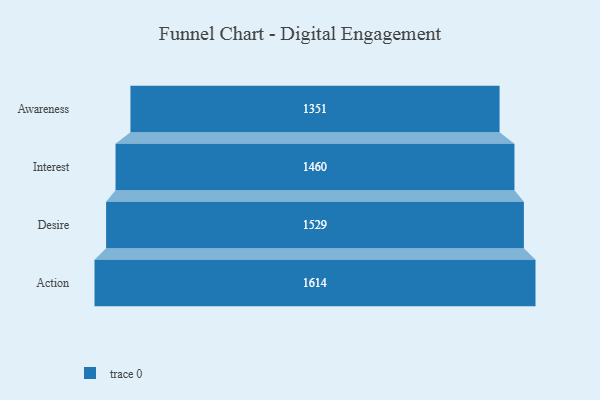
{"axis": {"x": "Stage", "y": "Value"}, "legend": [""], "data": [{"x": "Awareness", "y": 1351.0, "type": ""}, {"x": "Interest", "y": 1460.0, "type": ""}, {"x": "Desire", "y": 1529.0, "type": ""}, {"x": "Action", "y": 1614.0, "type": ""}]}